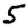
Digit: 5